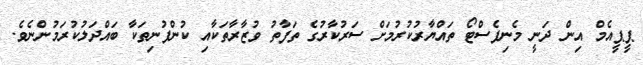
ޕީޕީއެމް އިން ދަނީ މެނިފެސްޓޯ ތައްޔާރުކުރުމަށް ސަރުކާރުގެ ތަފާތު ވުޒާރާތަކާއި ކުންފުނިތަކާ ބައްދަލުކުރަމުންނެވެ.